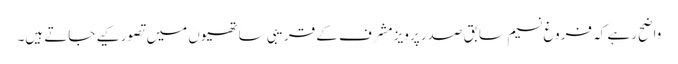
واضح رہے کہ فروغ نسیم سابق صدر پرویز مشرف کے قریبی ساتھیوں میں تصور کیے جاتے ہیں۔